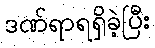
ဒဏ်ရာရရှိခဲ့ပြီး